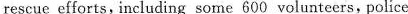
rescue efforts, ineluding some 600 volunteers, police